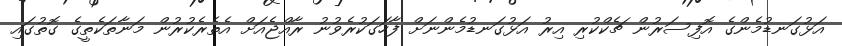
އަޅުގަނޑުމެންގެ އޮފިސަރުން ޗެކްކުރި އިރު އަޅުގަނޑުމެންނަށް ފާހަގަކުރެވުނު ރާއްޖެއަށް އެތެރެކުރުން މަނާތަކެތީގެ ގޮތުގައި